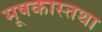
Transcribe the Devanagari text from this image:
मूषकास्तथा